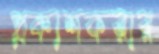
প্রকাশকরার